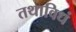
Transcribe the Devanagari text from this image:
तथाविधं